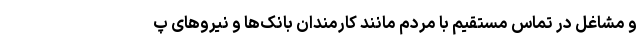
و مشاغل در تماس مستقیم با مردم مانند کارمندان بانک‌ها و نیروهای پ